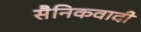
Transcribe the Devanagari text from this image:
सैनिकवादी